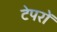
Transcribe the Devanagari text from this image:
टेपरों